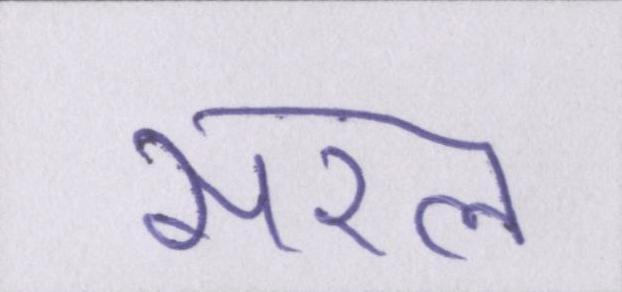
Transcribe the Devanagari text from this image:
सरल